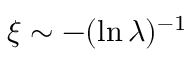
\xi \sim - ( \ln \lambda ) ^ { - 1 }